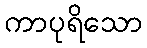
ကာပုရိသော